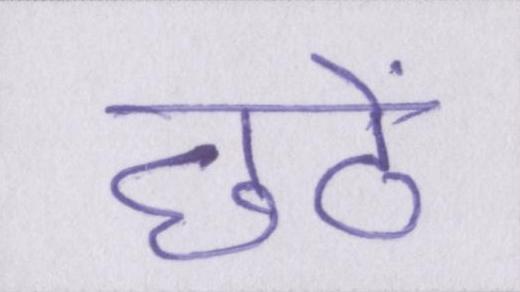
छठें